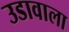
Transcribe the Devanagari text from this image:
उडावाला